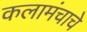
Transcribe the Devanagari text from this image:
कलामंचाचे